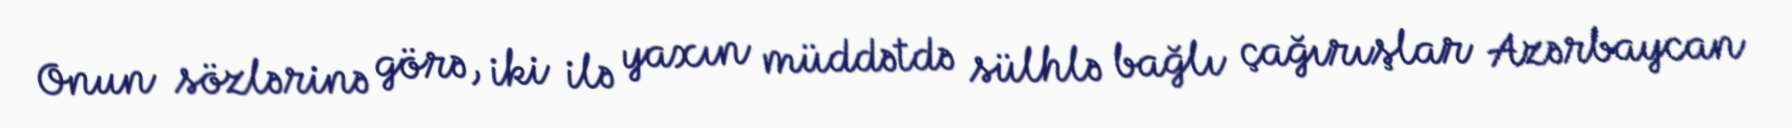
Onun sözlərinə görə, iki ilə yaxın müddətdə sülhlə bağlı çağırışlar Azərbaycan